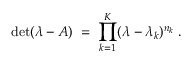
\operatorname * { d e t } ( \lambda - A ) \; = \; \prod _ { k = 1 } ^ { K } ( \lambda - \lambda _ { k } ) ^ { n _ { k } } \; .